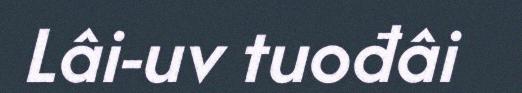
Lâi-uv tuođâi